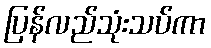
ပြန်လည်သုံးသပ်ကာ